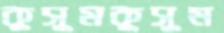
কুসুমকুসুম